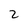
Character: 2